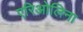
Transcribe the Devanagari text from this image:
एरिओलिना